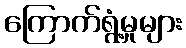
ကြောက်ရွံ့မှုများ